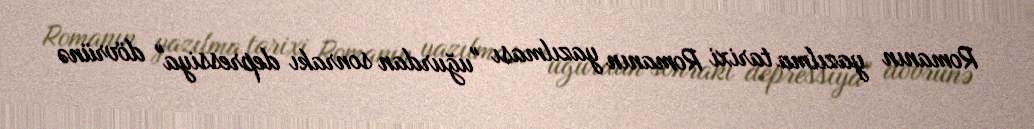
Romanın yazılma tarixi Romanın yazılması "uğurdan sonrakı depressiya" dövrünə